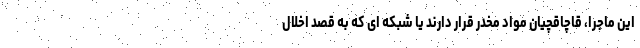
این ماجرا، قاچاقچیان مواد مخدر قرار دارند یا شبکه ای که به قصد اخلال